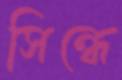
সিন্ধে